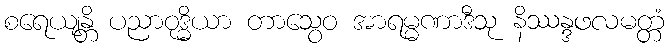
စရေယျန္တိ ပညာဝုဒ္ဓိယာ တာသွေဝ အာရမ္မဏာဒီသု နိဿန္ဒဖလမတ္တံ